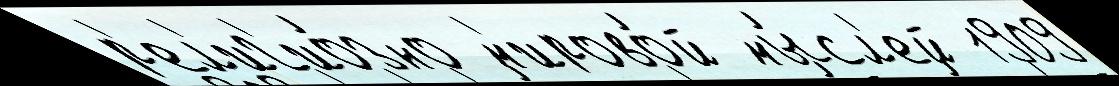
р'ел'иг'ио́зно м'ирово́й мы́сл'ей 1909